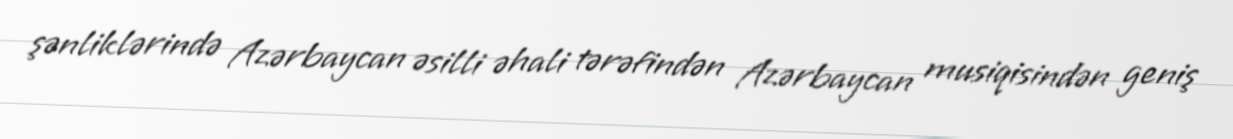
şənliklərində Azərbaycan əsilli əhali tərəfindən Azərbaycan musiqisindən geniş